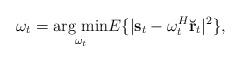
LaTeX: \begin{align*} \mathbf{\omega}_{t} = \underset{\mathbf{\omega}_{t}}{\operatorname{arg~min}} E \lbrace \vert \mathbf{s}_{t} - \mathbf{\omega}_{t}^{H} \mathbf{\breve{r}}_{t}\vert^{2} \rbrace,\end{align*}